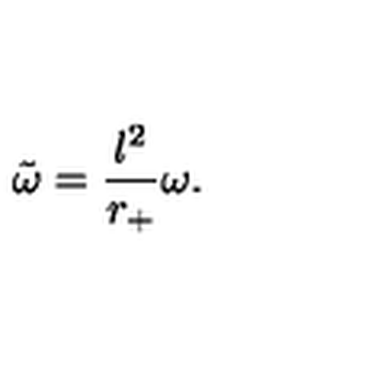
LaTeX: { \tilde { \omega } } = \displaystyle \frac { l ^ { 2 } } { r _ { + } } \omega .